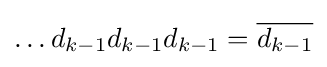
\ldots d_{k-1}d_{k-1}d_{k-1}={\overline {d_{k-1}}}